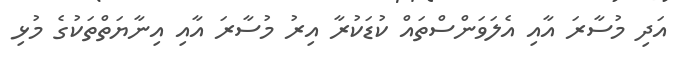
އަދި މުސާރަ އާއި އެލަވަންސްތައް ކުޑަކުރާ އިރު މުސާރަ އާއި އިނާޔަތްތަކުގެ މުޅި